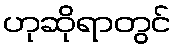
ဟုဆိုရာတွင်